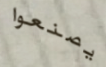
يصنعوا